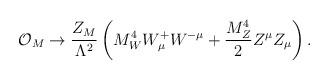
LaTeX: \begin{align*}{\cal O}_{M} \rightarrow \frac{Z_{M}}{\Lambda^2} \left( M^4_W W^{+}_{\mu} W^{- \mu} + \frac{M^4 _Z}{2} Z^{\mu} Z_{\mu} \right) .\end{align*}